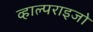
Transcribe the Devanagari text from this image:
व्हाल्पराइजो